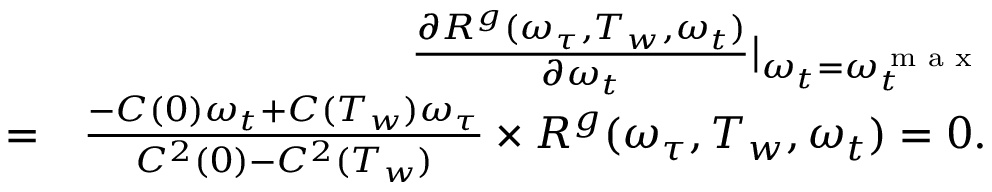
\begin{array} { r l r } & { } & { \frac { \partial R ^ { g } ( \omega _ { \tau } , T _ { w } , \omega _ { t } ) } { \partial \omega _ { t } } | _ { \omega _ { t } = \omega _ { t } ^ { \textrm { m a x } } } } \\ & { = } & { \frac { - C ( 0 ) \omega _ { t } + C ( T _ { w } ) \omega _ { \tau } } { C ^ { 2 } ( 0 ) - C ^ { 2 } ( T _ { w } ) } \times R ^ { g } ( \omega _ { \tau } , T _ { w } , \omega _ { t } ) = 0 . } \end{array}